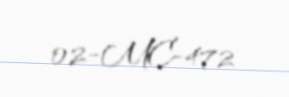
02-MC-472